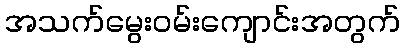
အသက်မွေးဝမ်းကျောင်းအတွက်